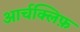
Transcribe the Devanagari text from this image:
आर्चक्लिफ़